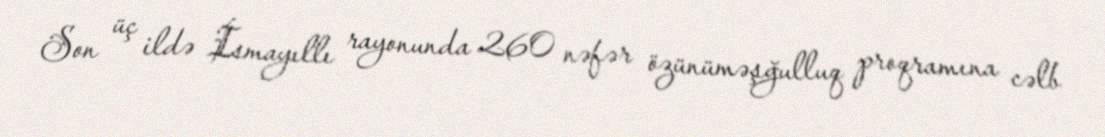
Son üç ildə İsmayıllı rayonunda 260 nəfər özünüməşğulluq proqramına cəlb